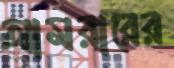
আমরারের